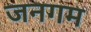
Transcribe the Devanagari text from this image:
जनगम